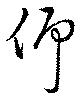
仰